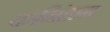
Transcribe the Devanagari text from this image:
कनिंहाम